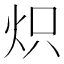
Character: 炽